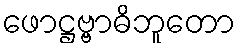
ဖောဋ္ဌဗ္ဗာဓိဘူတော